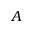
A